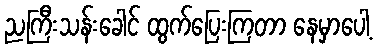
ညကြီးသန်းခေါင် ထွက်ပြေးကြတာ နေမှာပေါ့